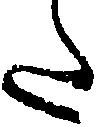
た